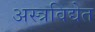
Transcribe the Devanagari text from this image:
अस्त्रविद्येत